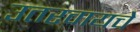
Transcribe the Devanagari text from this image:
उतरवायचे